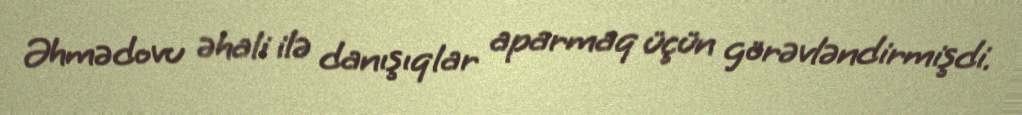
Əhmədovu əhali ilə danışıqlar aparmaq üçün görəvləndirmişdi.